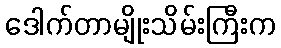
ဒေါက်တာမျိုးသိမ်းကြီးက